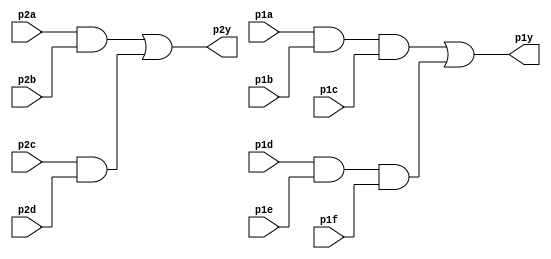
module top_module ( 
    input wire p1a, p1b, p1c, p1d, p1e, p1f,
    output wire p1y,
    input wire p2a, p2b, p2c, p2d,
    output wire p2y
);

    assign p1y = (p1a & p1b & p1c) | (p1d & p1e & p1f);
    assign p2y = (p2a & p2b) | (p2c & p2d);
    
endmodule